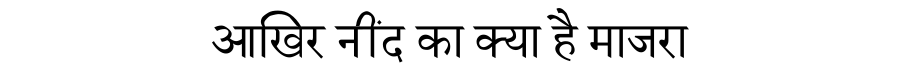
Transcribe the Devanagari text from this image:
आखिर नींद का क्या है माजरा